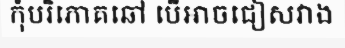
កុំបរិភោគឆៅ បើអាចជៀសវាង